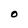
Character: O